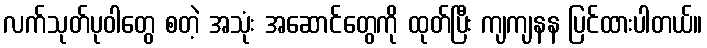
လက်သုတ်ပုဝါတွေ စတဲ့ အသုံး အဆောင်တွေကို ထုတ်ပြီး ကျကျနန ပြင်ထားပါတယ်။